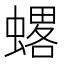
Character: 𧐋